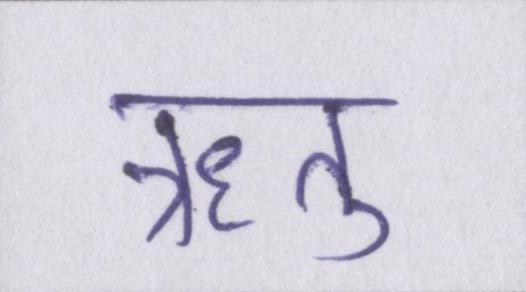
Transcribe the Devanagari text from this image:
ऋतु